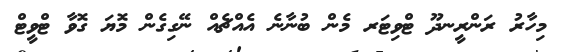
މިހާރު ރަންރީނދޫ ޓްވިޓަރ މެން ބުނާނެ އެއްޗެއް ނޭގިގެން މޮޔަ ގޮވާ ޓްވީޓް